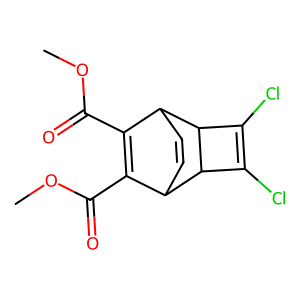
SMILES: COC(=O)C1=C(C(=O)OC)C2C=CC1C1C(Cl)=C(Cl)C21
Inhibits HIV replication: No